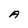
Character: A